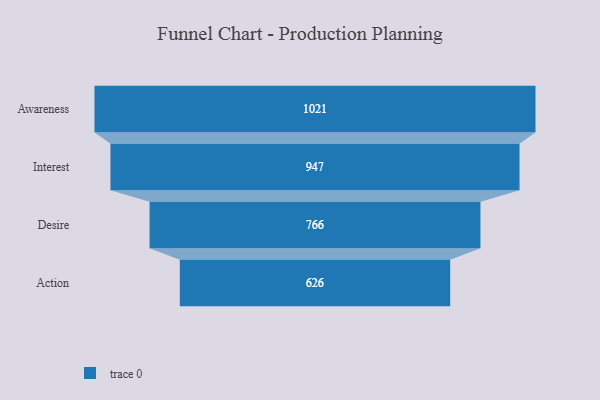
{"axis": {"x": "Stage", "y": "Value"}, "legend": [""], "data": [{"x": "Awareness", "y": 1021.0, "type": ""}, {"x": "Interest", "y": 947.0, "type": ""}, {"x": "Desire", "y": 766.0, "type": ""}, {"x": "Action", "y": 626.0, "type": ""}]}